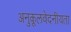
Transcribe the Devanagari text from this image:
अनुकूलवेदनीयता